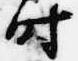
時